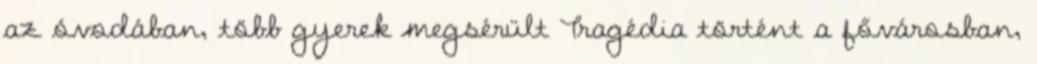
az óvodában, több gyerek megsérült Tragédia történt a fővárosban,